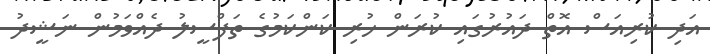
އަދި ކުރިއަސް އޮތް ދައުރުގައި ކުރަން ހުރި ކަންކަމުގެ ތަފްސީލު ދެއްވަމުން ނަޝީދު